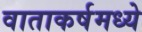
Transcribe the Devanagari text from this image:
वाताकर्षमध्ये